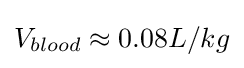
V_{blood}\approx 0.08L/kg